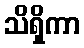
သိရှိကာ